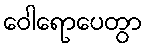
ဝေါရောပေတွာ